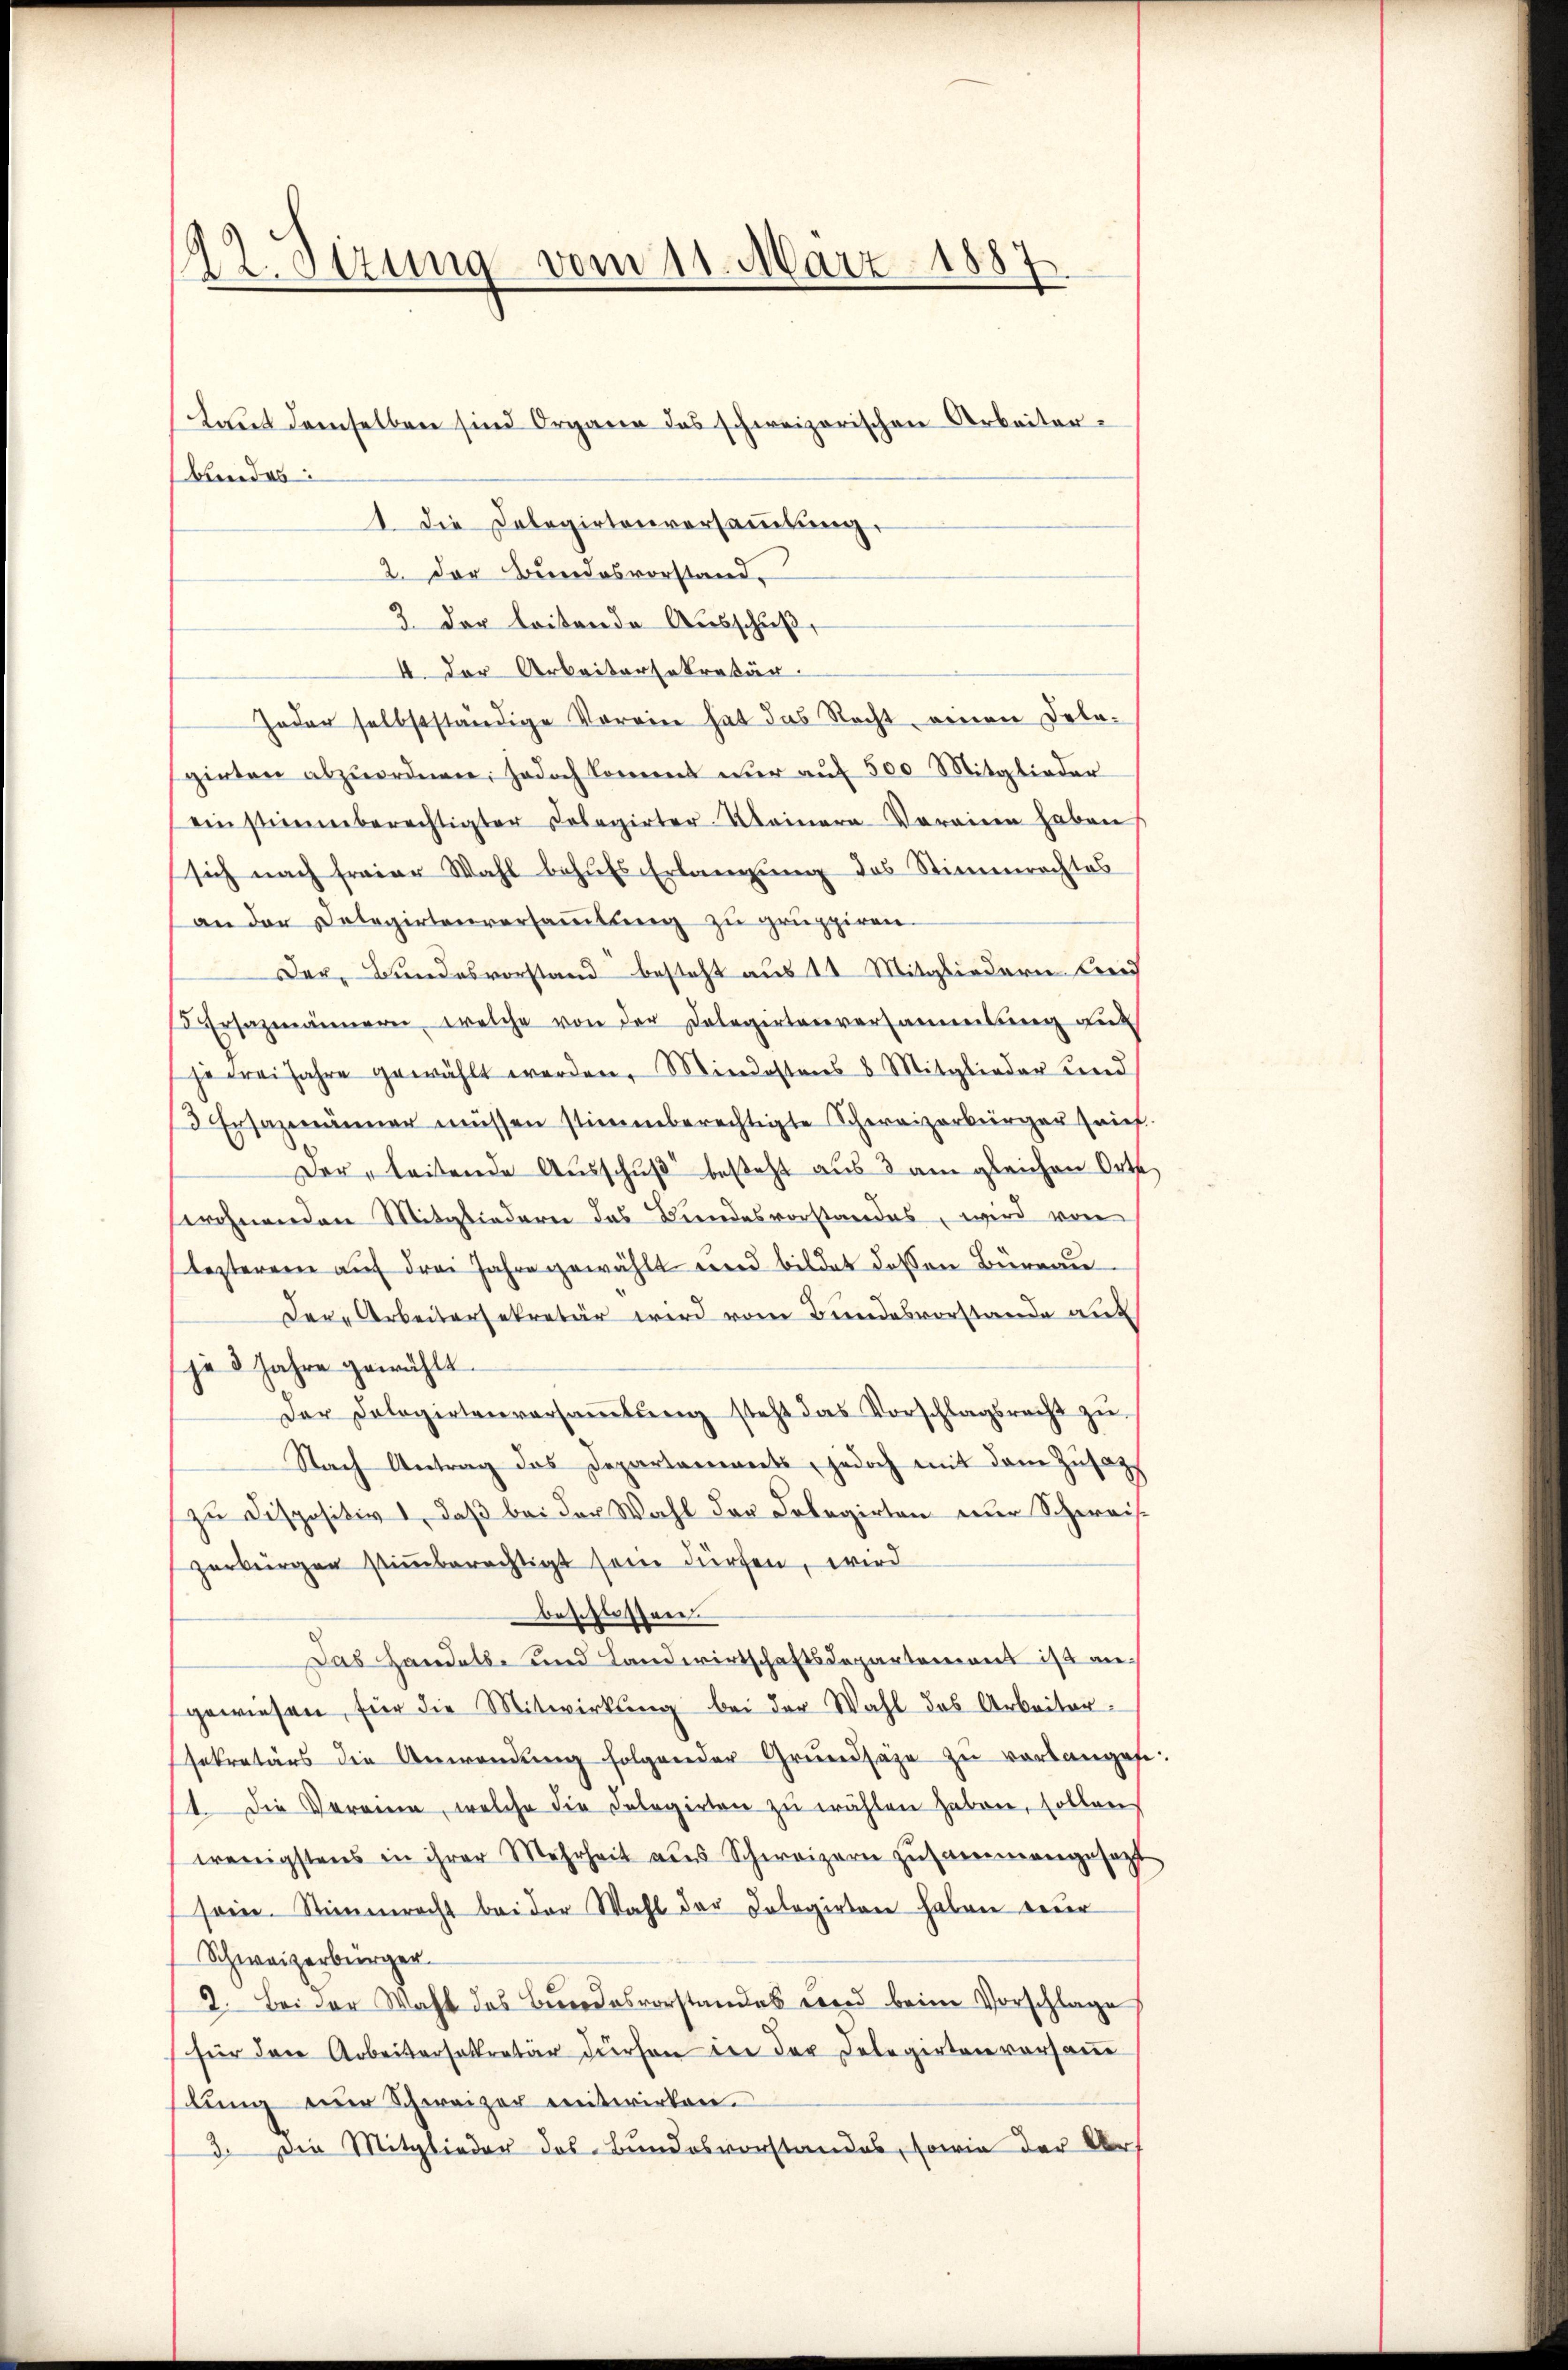
¬
ve. Sizung vom 11. März 1887

bundes:
1 Die Dolegirtenversaṁlŭng.
2. Der Bundesvorstand.
2. der leitende Ausschuß,
4. Der Arbeitersekretär.
Joder selbstständige Verein hat das Recht, einen Dela-
girten abzuordnen; jedoch kommt nur auf 500 Mitglieder
ein stimmberechtigter Dolegirter Meinere Vereine haben
sich nach freier Wahl behufs Erlangung des Stimmrechtes
an der Delegirtenversaṁlŭng zŭ gruppiren.
Der Bundesvorstand besteht aus 12 Mitgliedern beid
rsazmännern, welche von der Delegirtenversammlung auf
je drei Jahre gewählt werden, Mindestens 8 Mitglieder und
3 Ersazmänner müssen stimmberechtigte Schweizerbürger Brief
Der leistende Ausschŭβ besteht aus 3 am gleichen Orte
swohnenden Mitgliedern das Bundesvorstandes, wird von
lezteren auf drei Jahre gewählt und bildet dessen Büreau
Der Arbeitersekretär wird vom Bundesvorstande auf
je 3 Jahre gewählt.
Der Dolegirtenversaṁlŭng steht das Vorschlagsrecht zŭ
Nach Antrag das Departanereits, jedoch mit dem Zusatz
zu Dispositiv, daß bei der Wahl der Delegirten einer Schweiszerbürgen stiṁberechtigt sein dürfen, wird
beschlossen.
Das Handels- und Landwirtschaftsdepartement ist angewiesen, für die Mitwirkung bei der Wahl des Arbeiter.
sekretärs die Anwendŭng folgender Grundsätze zu verlangen:
14. Die Veranne, welche die Delegirten zŭ wählen haben, sollen
wenigstens in ihrer Mehrheit aus Schweizern zusammengesetzt
sein. Stimmrecht beider Wahl der Kologirten haben neuer
Schweizerbürger-
2. Bei der Wahl des Bundesvorstandes wird beim Vorschlage
für den Arbeitersekretär dürfen in der Delegirten versam
lung eine Schweizer mitwirken.
3. Die Mitglieder des Bundesvorstandes, sowie der Art

Laut demselben sind Organe das schweizerischen Arbeiter¬